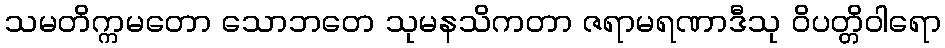
သမတိက္ကမတော သောဘတေ သုမနသိကတာ ဇရာမရဏာဒီသု ဝိပတ္တိဝါရော